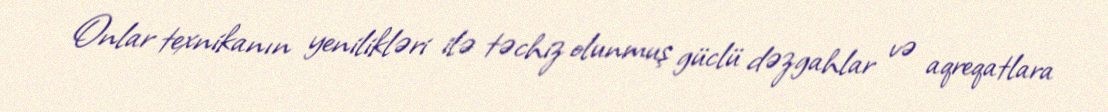
Onlar texnikanın yenilikləri ilə təchiz olunmuş güclü dəzgahlar və aqreqatlara